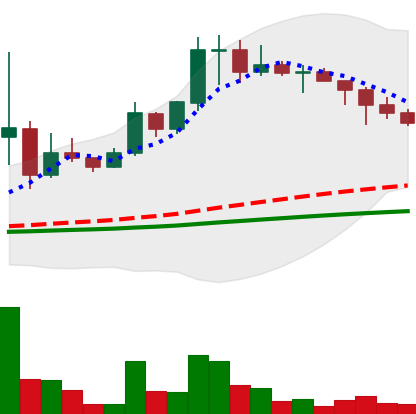
Ticker: DOGE-USD
Chart end date: 2021-02-17
Forward return: 8.808%
Label: up_7plus